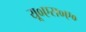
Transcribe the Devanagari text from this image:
यू०एस०ए०